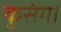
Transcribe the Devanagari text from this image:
कुसंग।